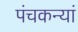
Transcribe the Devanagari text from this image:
पंचकन्यां